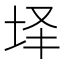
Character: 𰉣